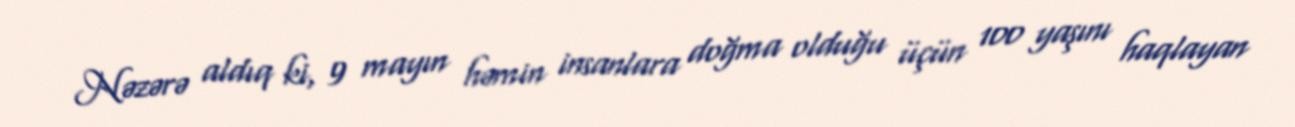
Nəzərə aldıq ki, 9 mayın həmin insanlara doğma olduğu üçün 100 yaşını haqlayan